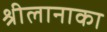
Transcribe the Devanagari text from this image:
श्रीलानाका